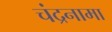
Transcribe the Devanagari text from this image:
चंद्रनामा